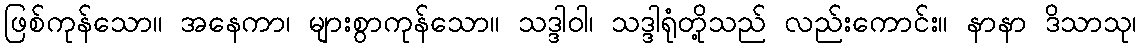
ဖြစ်ကုန်သော။ အနေကာ၊ များစွာကုန်သော။ သဒ္ဒါဝါ၊ သဒ္ဒါရုံတို့သည် လည်းကောင်း။ နာနာ ဒိသာသု၊